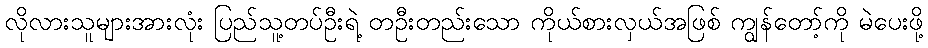
လိုလားသူများအားလုံး ပြည်သူ့တပ်ဦးရဲ့ တဦးတည်းသော ကိုယ်စားလှယ်အဖြစ် ကျွန်တော့်ကို မဲပေးဖို့